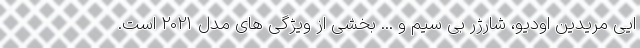
ایی مریدین اودیو، شارژر بی سیم و ... بخشی از ویژگی های مدل 2021 است.